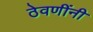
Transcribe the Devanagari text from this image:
ठेवणींनी